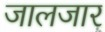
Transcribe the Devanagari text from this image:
जालजार